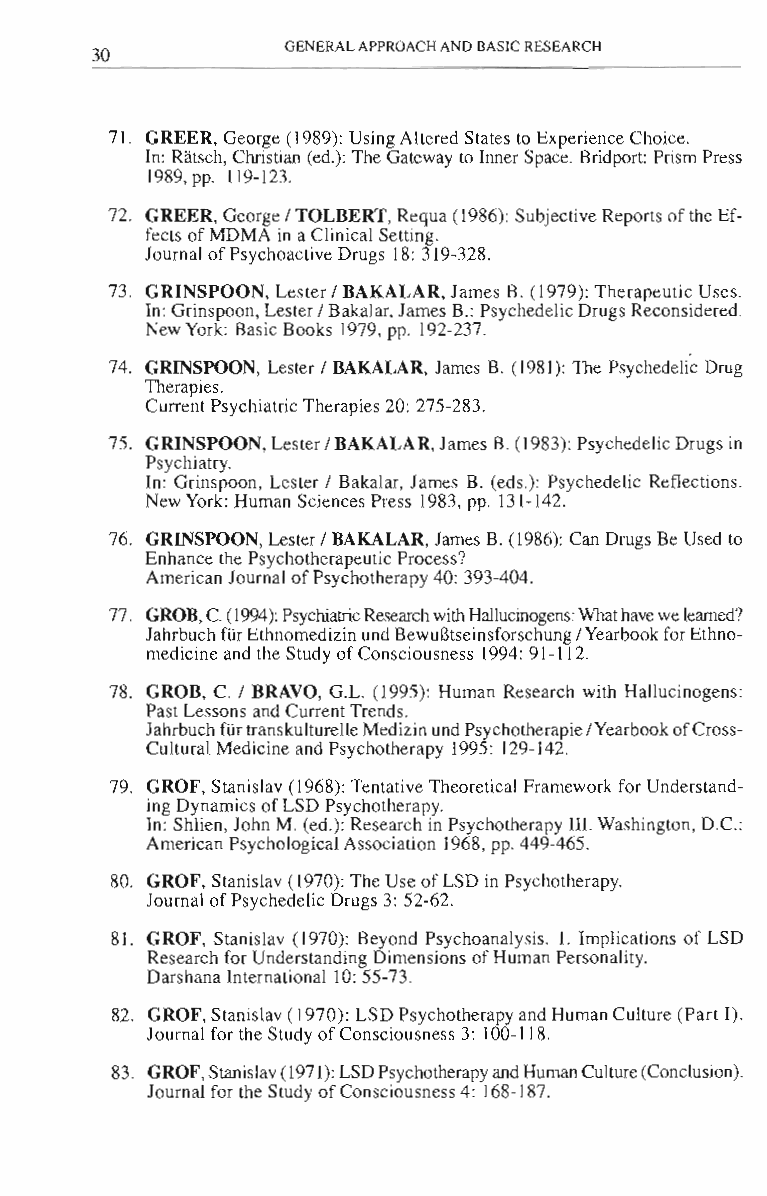
GENERAL APPROACH AND BASIC RESEARCH
 30
 71. GREER, George (1989): Using Altered States to Experience Choice.
 In: Ratsch, Christian (ed.): The Gateway to Inner Space. Bridport: Prism Press
 1989, pp. 119-123.
 72. GREER, George I TOLBERT, Requa (1986): Subjective Reports of the Ef­
 fects of MDMA in a Clinical Setting.
 lournal of Psychoactive Drugs 18: 319-328.
 73. GRINSPOON, Lester I BAKALAR, lames B. (1979): Therapeutic Uses.
 In: Grinspoon, Lester I Bakalar, lames B.: Psychedelic Drugs Reconsidered.
 New York: Basic Books 1979, pp. 192-237.
 74. GRINSPOON, Lester I BAKALAR, James B. (1981): The Psychedelic Drug
 Therapies.
 Current Psychiatric Therapies 20: 275-283.
 75. GRINSPOON, Lester I BAKALAR, James B. (1983): Psychedelic Drugs in
 Psychiatry.
 In: Grinspoon, Lester I Bakalar, lames B. (eds.): Psychedelic Reflections.
 New York: Human Sciences Press 1983, pp. 131-142.
 76. GRINSPOON, Lester I BAKALAR, lames B. (1986): Can Drugs Be Used to
 Enhance the Psychotherapeutic Process?
 American lournal of Psychotherapy 40: 393-404.
 77. GROB, C. (1994): Psychiatric Research with Hallucinogens: What have we learned')
 lahrbuch fUr Ethnomedizin und Bewul3tseinsforschung I Yearbook for Ethno­
 medicine and the Study of Consciousness 1994: 91-112.
 78. GROB, e. I BRAVO, G.L. (1995): Human Research with Hallucinogens:
 Past Lessons and Current Trends.
 Jahrbuch fUr transkulturelle Medizin und Psychotherapie I Yearbook of Cross­
 Cultural Medicine and Psychotherapy 1995: 129-142.
 79. GROF, Stanislav (1968): Tentative Theoretical Framework for Understand­
 ing Dynamics of LSD Psychotherapy.
 In: Shlien, John M. (ed.): Research in Psychotherapy Ill. Washington, D.e.:
 American Psychological Association 1968, pp. 449-465.
 80. GROF, Stanislav (1970): The Use of LSD in Psychotherapy.
 Journal of Psychedelic Drugs 3: 52-62.
 81. GROF, Stanislav (1970): Beyond Psychoanalysis. 1. Implications of LSD
 Research for Understanding Dimensions of Human Personality.
 Darshana International 10: 55-73.
 82. GROF, Stanislav (1970): LSD Psychotherapy and Human Culture (Part I).
 Journal for the Study of Consciousness 3: 100-118.
 83. GROF, Stanislav (1971): LSD Psychotherapy and Human Culture (Conclusion).
 Journal for the Study of Consciousness 4: J68-J87.